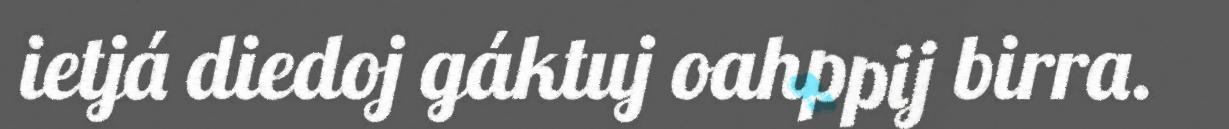
ietjá diedoj gáktuj oahppij birra.